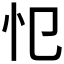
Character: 𢖭